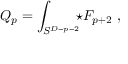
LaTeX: Q _ { p } = \int _ { S ^ { D - p - 2 } } \! \! \! \star F _ { p + 2 } \ ,